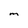
Character: m